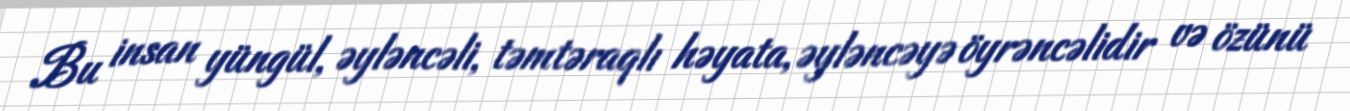
Bu insan yüngül, əyləncəli, təmtəraqlı həyata, əyləncəyə öyrəncəlidir və özünü